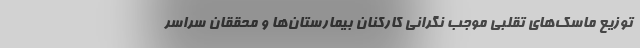
توزیع ماسک‌های تقلبی موجب نگرانی کارکنان بیمارستان‌ها و محققان سراسر